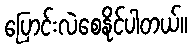
ပြောင်းလဲစေနိုင်ပါတယ်။